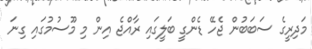
މަދިރީގެ ސަބަބުން ޖެހޭ ޑެންގީ ބަލީގައި ރާއްޖެ އިން މި މޫސުމުގައި ގިނަ